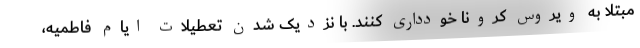
مبتلا به ویروس کرونا خودداری کنند. با نزدیک شدن تعطیلات ایام فاطمیه،